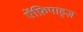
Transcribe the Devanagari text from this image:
ऐंफ़िपाड्ज़